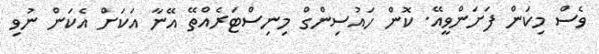
ވެސް މިކަން ފަށަންވީއޭ. ކޮން ހައުސިންގް މިނިސްޓަރެއްތޭ އޭނާ އަކަށް އެކަން ނުވި